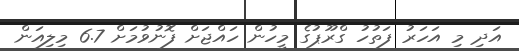
އަދި މި އަހަރު ފަތުހު ގްރޫޕުގެ މީހުން ހައްޖަށް ފޮނުވުމަށް 6.7 މިލިއަން